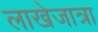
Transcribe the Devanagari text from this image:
लाखेजात्रा